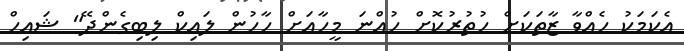
އެކަމަކު ހެއްވާ ޒާތަކަށް ހުތުރުކޮށް ހުއްނަ މީހާއަށް ހާހުން ލައިކް ލިބިގެންދޭ" ޝައިހް